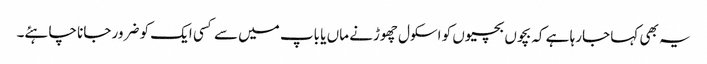
یہ بھی کہا جارہا ہے کہ بچوں بچیوں کو اسکول چھوڑنے ماں یا باپ میں سے کسی ایک کو ضرور جانا چاہئے۔